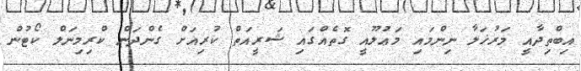
އިބްތިދާއީ މަރުޚަލާ ނިންމައި މަޢުލޫއީ ގޮތެއްގައި ޝަރީއަތް ކުރިއަށް ގެންދަން ކްރިމިނަލް ކޯޓުން